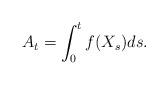
LaTeX: \begin{align*}A_t=\int_0^t f(X_s)ds.\end{align*}